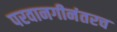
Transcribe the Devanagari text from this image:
परवानगीनंतरच